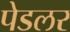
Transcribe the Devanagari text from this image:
पेडलर